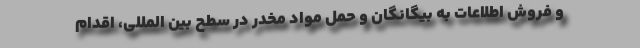
و فروش اطلاعات به بیگانگان و حمل مواد مخدر در سطح بین المللی، اقدام